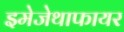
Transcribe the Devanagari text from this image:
इमेजेथाफायर